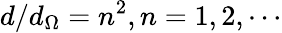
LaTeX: d/d_{\Omega}=n^{2},n=1,2,\cdots